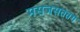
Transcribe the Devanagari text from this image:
मसजसततग